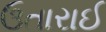
ઉતારાઈ